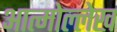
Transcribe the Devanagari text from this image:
आत्मोल्लेख